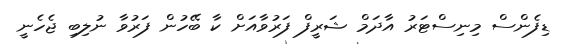
ޑިފެންސް މިނިސްޓަރު އާދަމް ޝަރީފް ފަރުވާއަށް ކާ ބޭހުން ފަރުވާ ނުލިބި ޖެހެނީ